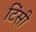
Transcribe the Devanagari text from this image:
टिंसी